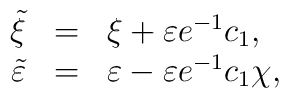
\begin{array}{rcl}\tilde{\xi} & = & \xi + \varepsilon e^{-1} c_1 ,\\   \tilde{\varepsilon} & = & \varepsilon -\varepsilon e^{-1} c_1 \chi , \end{array}